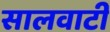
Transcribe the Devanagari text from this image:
सालवाटी